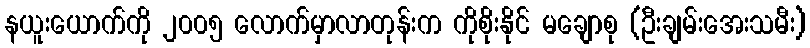
နယူးယောက်ကို ၂၀၀၅ လောက်မှာလာတုန်းက ကိုစိုးနိုင် မချောစု (ဦးချမ်းအေးသမီး)